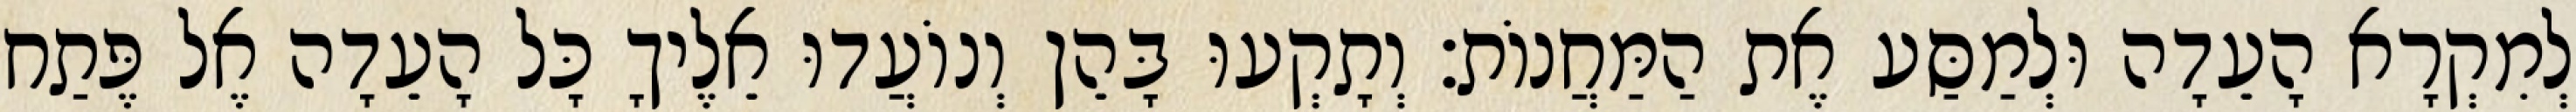
לְמִקְרָא הָעֵדָה וּלְמַסַּע אֶת הַמַּחֲנוֹת׃ וְתָקְעוּ בָּהֵן וְנוֹעֲדוּ אֵלֶיךָ כָּל הָעֵדָה אֶל פֶּתַח